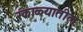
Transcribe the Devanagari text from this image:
रंकाळ्यातील